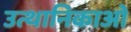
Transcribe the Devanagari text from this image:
उत्थानिकाओं